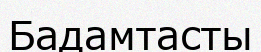
Бадамтасты